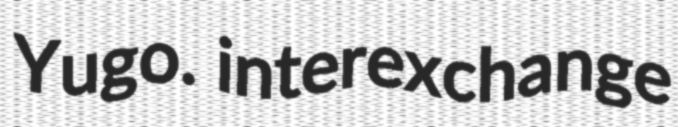
Yugo. interexchange